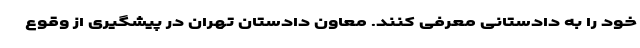
خود را به دادستانی معرفی کنند. معاون دادستان تهران در پیشگیری از وقوع